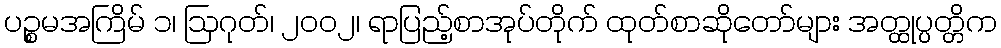
ပဉ္စမအကြိမ် ၁၊ ဩဂုတ်၊ ၂၀၀၂၊ ရာပြည့်စာအုပ်တိုက် ထုတ်စာဆိုတော်များ အတ္ထုပ္ပတ္တိက